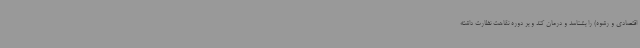
اقتصادی و رشوه) را بشناسد و درمان کند و بر دوره نقاهت نظارت داشته